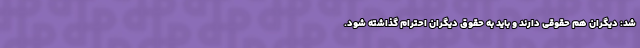
شد: دیگران هم حقوقی دارند و باید به حقوق دیگران احترام گذاشته شود.